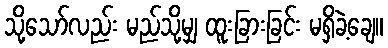
သို့သော်လည်း မည်သို့မျှ ထူးခြားခြင်း မရှိခဲ့ချေ။